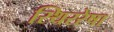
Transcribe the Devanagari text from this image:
स्थिररेषा